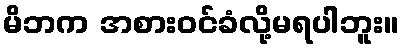
မိဘက အစားဝင်ခံလို့မရပါဘူး။